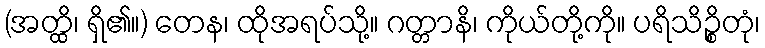
(အတ္ထိ၊ ရှိ၏။) တေန၊ ထိုအရပ်သို့။ ဂတ္တာနိ၊ ကိုယ်တို့ကို။ ပရိသိဉ္စိတုံ၊